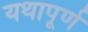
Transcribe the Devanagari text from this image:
यथापूर्ण